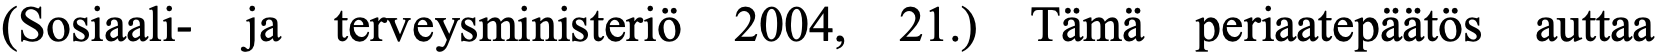
(Sosiaali- ja terveysministeriö 2004, 21.) Tämä periaatepäätös auttaa